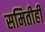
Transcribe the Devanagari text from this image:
समितीही